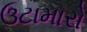
ઉટામારો